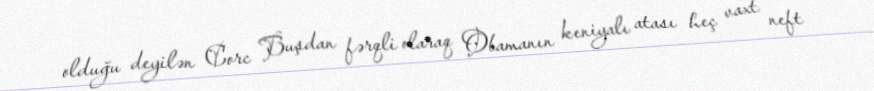
olduğu deyilən Corc Buşdan fərqli olaraq Obamanın keniyalı atası heç vaxt neft